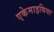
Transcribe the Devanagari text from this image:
एकेमाइथिया